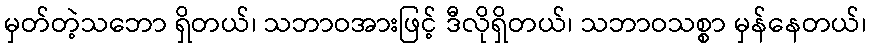
မှတ်တဲ့သဘော ရှိတယ်၊ သဘာဝအားဖြင့် ဒီလိုရှိတယ်၊ သဘာဝသစ္စာ မှန်နေတယ်၊